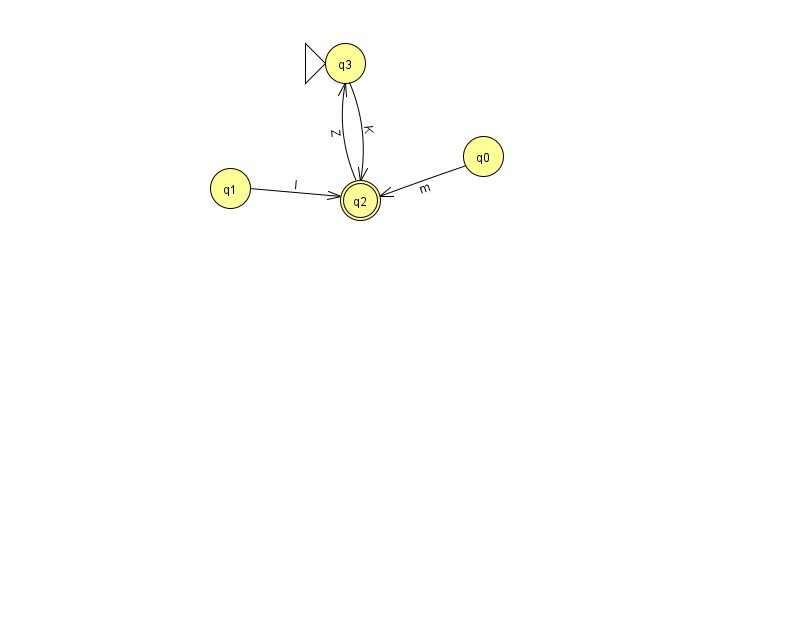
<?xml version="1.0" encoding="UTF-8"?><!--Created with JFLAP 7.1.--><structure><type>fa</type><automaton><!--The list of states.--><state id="0" name="q0"><x>483.0</x><y>143.0</y></state><state id="1" name="q1"><x>230.0</x><y>175.0</y></state><state id="2" name="q2"><x>360.0</x><y>187.0</y><final/></state><state id="3" name="q3"><x>345.0</x><y>50.0</y><initial/></state><!--The list of transitions.--><transition><from>2</from><to>3</to><read>Z</read></transition><transition><from>3</from><to>2</to><read>K</read></transition><transition><from>0</from><to>2</to><read>m</read></transition><transition><from>1</from><to>2</to><read>I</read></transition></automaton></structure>